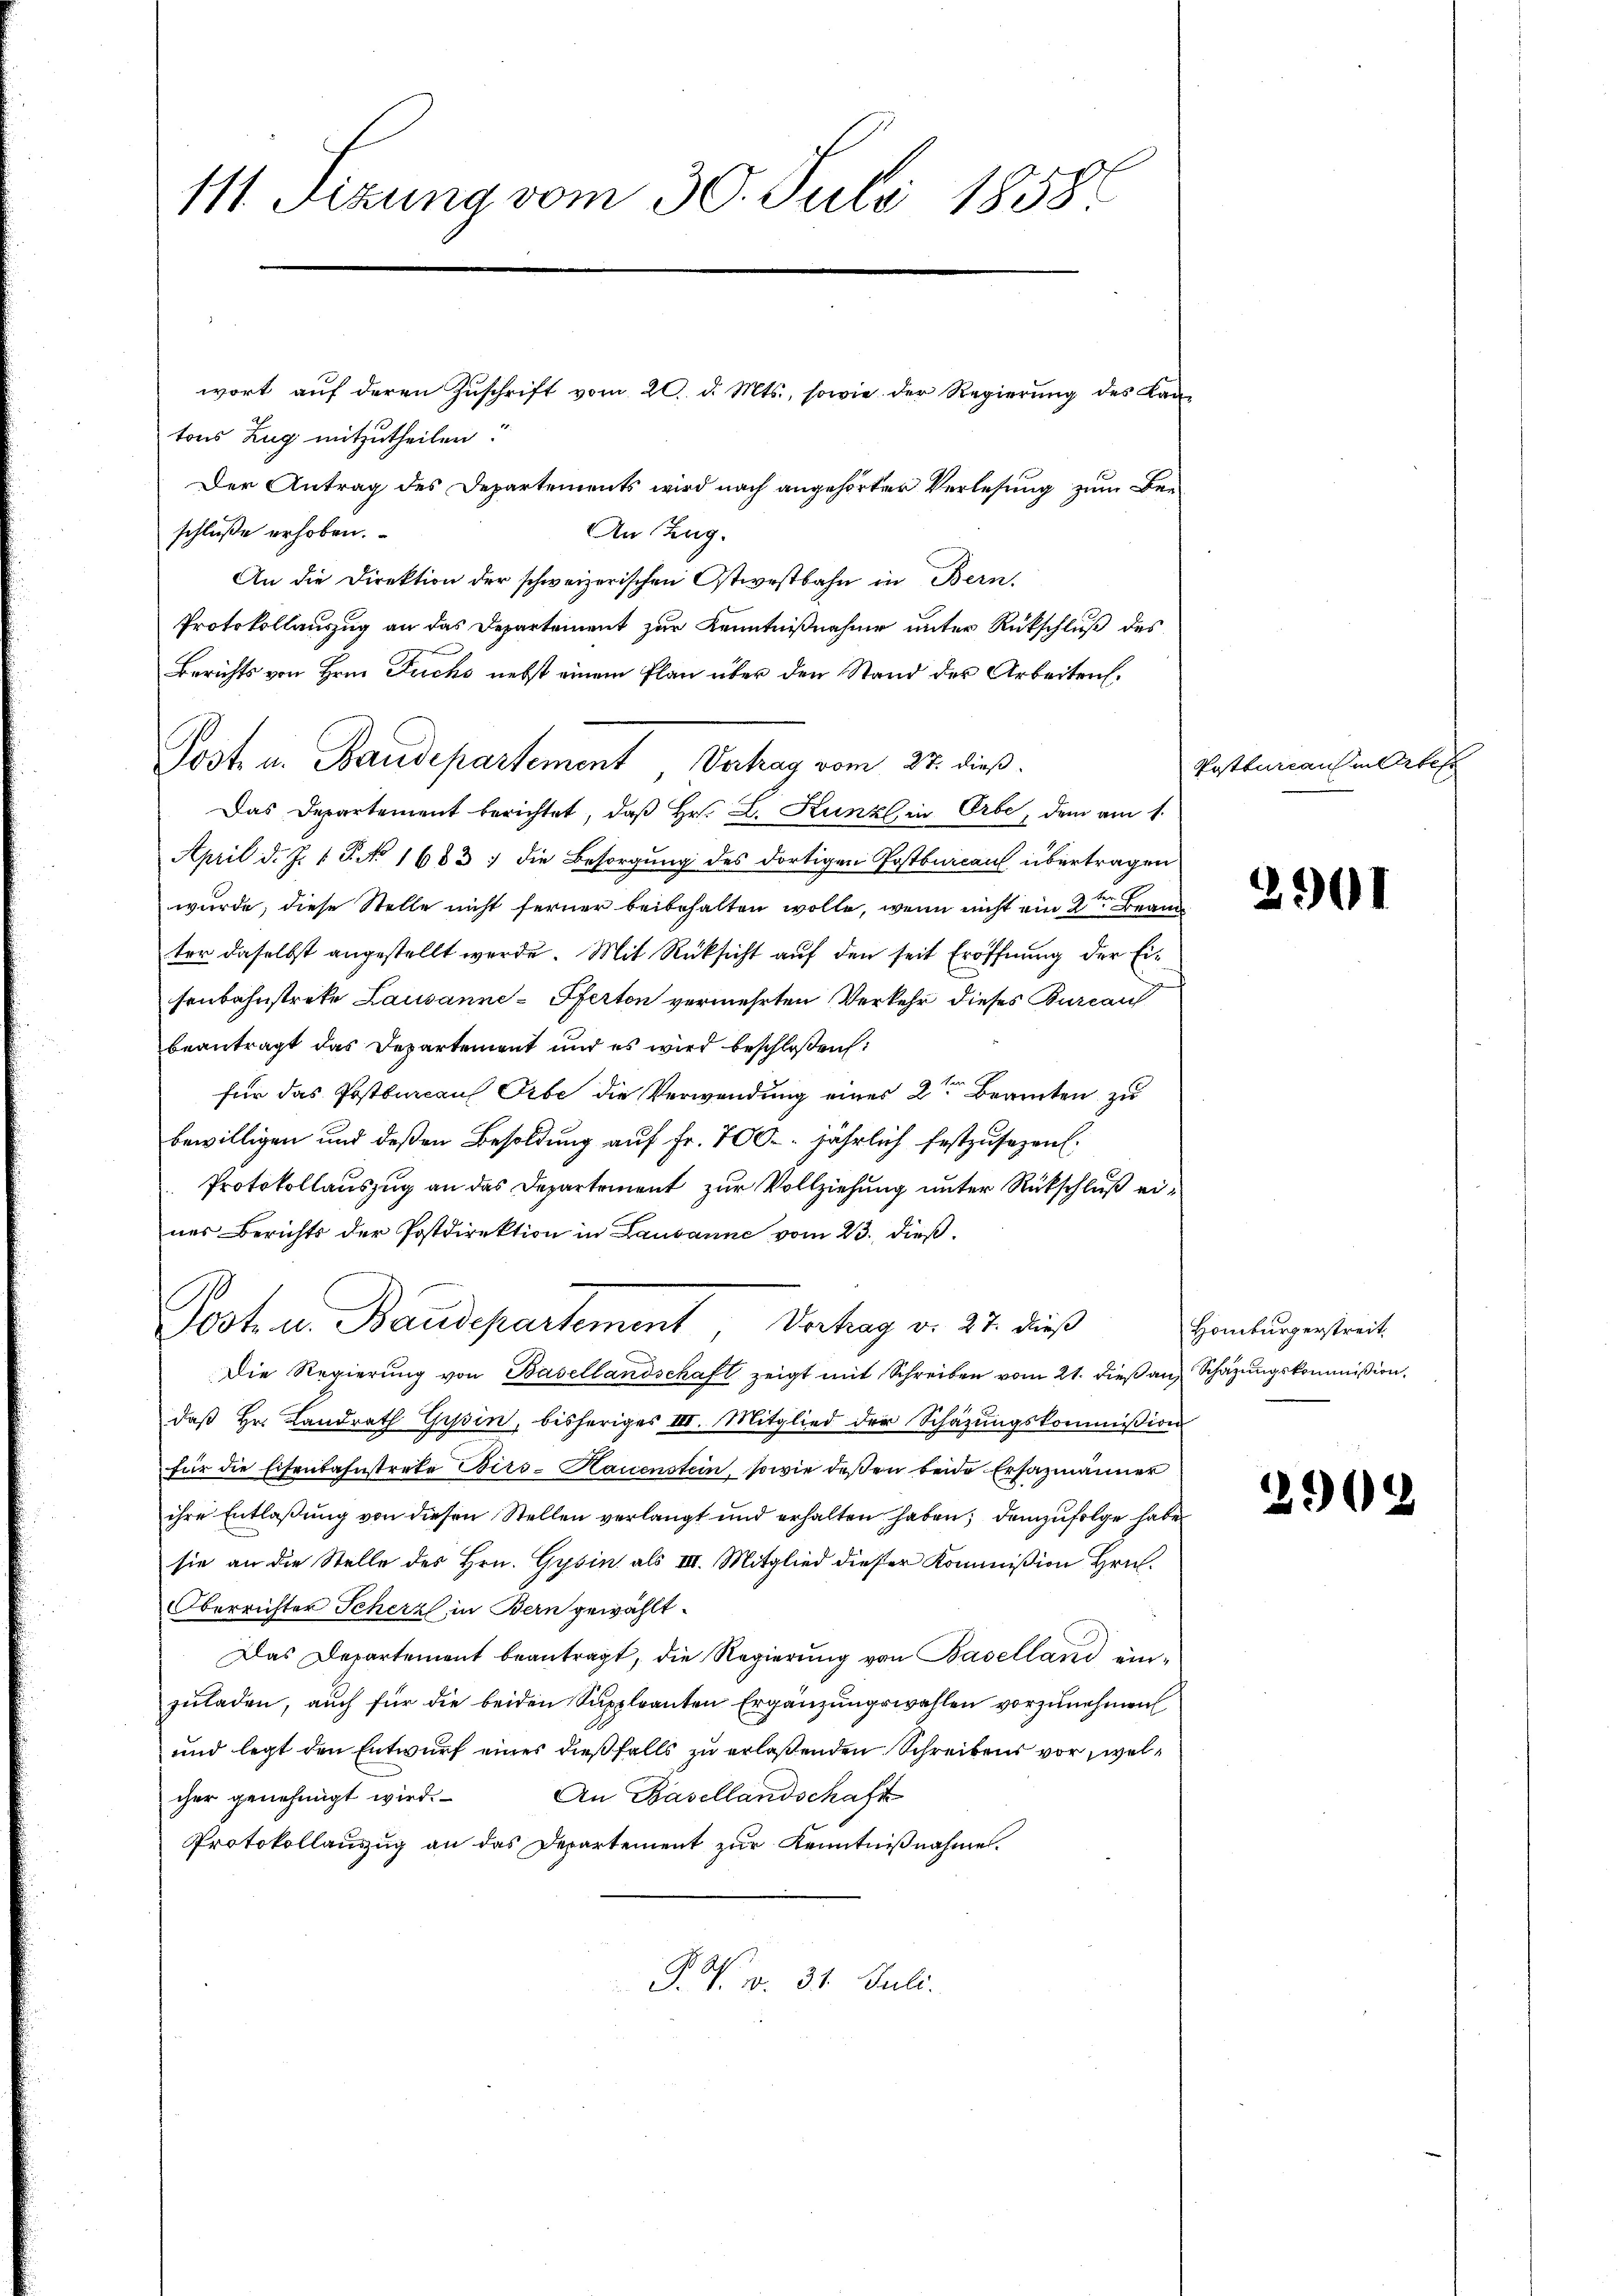
111. Sizung vom 30. Juli 1858.

tons Zug mitzutheilen.
Der Antrag des Departements wird nach angehörter Verlesung zum Beschluße erhoben.
An Zug.
An die Direktion der schweizerischen Ostwestbahn in Bern,
Protokollauszug an das Departement zur Kenntnißnahme unter Rückschluß des
Berichts von Hrn. Fuchs nebst einem Plan über den Stand der Arbeiten.
Das Departement berichtet, daß Hr. L. Kunz in Erbe, dem am 1.
April d. J. V. P. No 1683/ die Besorgung des dortigen Postbureau übertragen
wurde, diese Stelle nicht ferner beibehalten wolle, wenn nicht ein 2ten Beam
ter daselbst angestellt werde. Mit Rüksicht auf den seit Eröffnung der Eisenbahnstreke Lausanne-Pferten vermehrten Verkehr dieses Burcau
beantragt das Departement und es wird beschloßen:
für das Postburcan Orte die Verwendung eines 2ten Beamten zu
bewilligen und deßen Besoldung auf Fr. 700. jährlich festzusezen.
Protokollauszug an das Departement zur Vollziehung unter Rückschluß eines Berichts der Postdirektion in Lausanne vom 23. dieß.
¬
Poste u. Baudepartement Verhag v. 27. dieß
Die Regierŭng von Basellandschaft zeigt mit Schreiben vom 21. dieß an, Schazungskommißion
daβ hr. Landrath Gypsin, bisheriges III. Mitglied der Schäzŭngskommission
für die Eisenbahnstrate Birs-Kauenstein, sowie deßen beide Ersazmänner
ihre Entlaßung von diesen Stellen verlangt und erhalten haben; demzufolge habe
sie an die Stelle des Hrn. Gysin als III. Mitglied dieser Kommißion Hrn.
Oberrichter Scherz, in Bern gewählt.
Das Departement beantragt, die Regierŭng von Baselland einzuladen, auch für die beiden Suppleanten Ergänzungswahlen vorzunehmen
und legt den Entwurf eines dießfalls zu erlaßenden Schreibens vor welcher genehmigt wird.
An Basellandschaft
Protokollauszug an das Departement zur Kenntnißnahme.
P. V. v. 31. Juli.

wort aŭf deren Zŭschrift vom 20. d. Mts., sowie der Regierŭng des Lan-

Poste u. Baudepartement, Vertrag vom 27. dieß.

Postturcans in Ortes

2901

29

Homburgerstreit